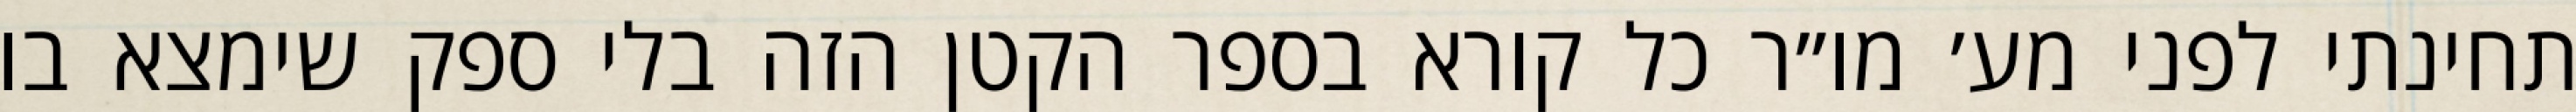
תחינתי לפני מע׳ מו״ר כל קורא בספר הקטן הזה בלי ספק שימצא בו